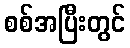
စစ်အပြီးတွင်